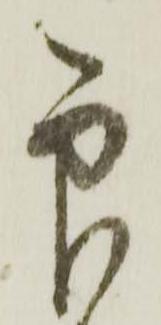
印